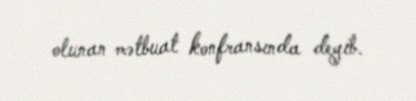
olunan mətbuat konfransında deyib.